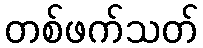
တစ်ဖက်သတ်